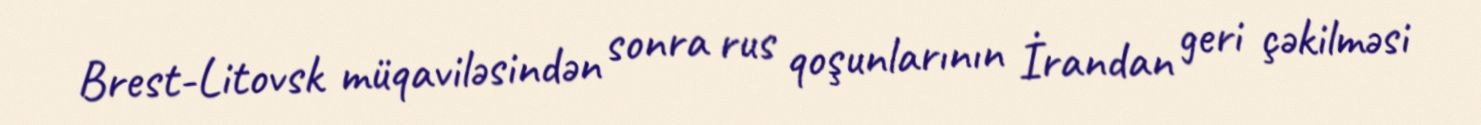
Brest-Litovsk müqaviləsindən sonra rus qoşunlarının İrandan geri çəkilməsi